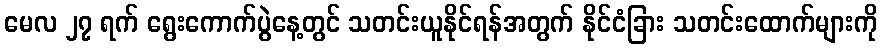
မေလ ၂၇ ရက် ရွေးကောက်ပွဲနေ့တွင် သတင်းယူနိုင်ရန်အတွက် နိုင်ငံခြား သတင်းထောက်များကို